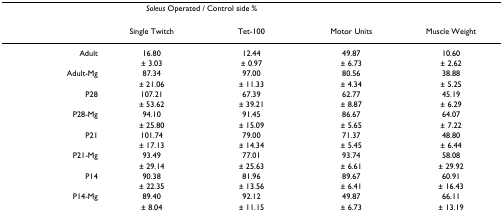
<table><thead><tr><td colspan="4"><b><i>Soleus </i>Operated / Control side %</b></td></tr></thead><tbody><tr><td></td><td>Single Twitch</td><td>Tet-100</td><td>Motor Units</td><td>Muscle Weight</td></tr><tr><td>Adult</td><td>16.80</td><td>12.44</td><td>49.87</td><td>10.60</td></tr><tr><td></td><td>± 3.03</td><td>± 0.97</td><td>± 6.73</td><td>± 2.62</td></tr><tr><td>Adult-Mg</td><td>87.34</td><td>97.00</td><td>80.56</td><td>38.88</td></tr><tr><td></td><td>± 21.06</td><td>± 11.33</td><td>± 4.34</td><td>± 5.25</td></tr><tr><td>P28</td><td>107.21</td><td>67.39</td><td>62.77</td><td>45.19</td></tr><tr><td></td><td>± 53.62</td><td>± 39.21</td><td>± 8.87</td><td>± 6.29</td></tr><tr><td>P28-Mg</td><td>94.10</td><td>91.45</td><td>86.67</td><td>64.07</td></tr><tr><td></td><td>± 25.80</td><td>± 15.09</td><td>± 5.65</td><td>± 7.22</td></tr><tr><td>P21</td><td>101.74</td><td>79.00</td><td>71.37</td><td>48.80</td></tr><tr><td></td><td>± 17.13</td><td>± 14.34</td><td>± 5.45</td><td>± 6.44</td></tr><tr><td>P21-Mg</td><td>93.49</td><td>77.01</td><td>93.74</td><td>58.08</td></tr><tr><td></td><td>± 29.14</td><td>± 25.63</td><td>± 6.61</td><td>± 29.92</td></tr><tr><td>P14</td><td>90.38</td><td>81.96</td><td>89.67</td><td>60.91</td></tr><tr><td></td><td>± 22.35</td><td>± 13.56</td><td>± 6.41</td><td>± 16.43</td></tr><tr><td>P14-Mg</td><td>89.40</td><td>92.12</td><td>49.87</td><td>66.11</td></tr><tr><td></td><td>± 8.04</td><td>± 11.15</td><td>± 6.73</td><td>± 13.19</td></tr></tbody></table>